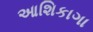
આશિકાગા